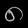
Digit: ၈